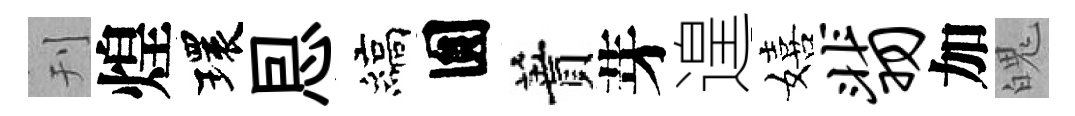
刊煌環㤙縞圎蕡芽遑嬉翡加魄